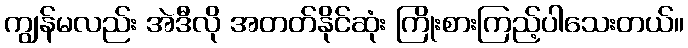
ကျွန်မလည်း အဲဒီလို အတတ်နိုင်ဆုံး ကြိုးစားကြည့်ပါသေးတယ်။